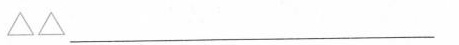
△△___